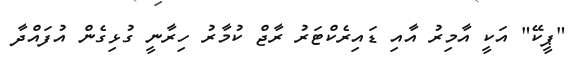
"ޕީކޭ" އަކީ އާމިރު އާއި ޑައިރެކްޓަރު ރާޖް ކުމާރު ހިރާނީ ގުޅިގެން އުފައްދާ